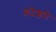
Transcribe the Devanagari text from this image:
प्रदेशने